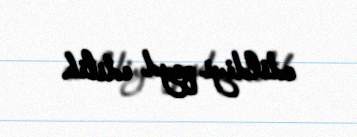
edildiyi qeyd edilib.